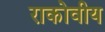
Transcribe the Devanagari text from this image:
राकोवीय